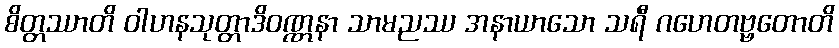
စိတ္တဿာတိ ဝါဟနသုတ္တာဒိဝဏ္ဏနာ သာမညဿ အနာယာသော သရီ ဂဟေတဗ္ဗတောတိ